Civil Veterinary Dept. Bombay admin report 1893-99 - 1893-1899
Year: 1893
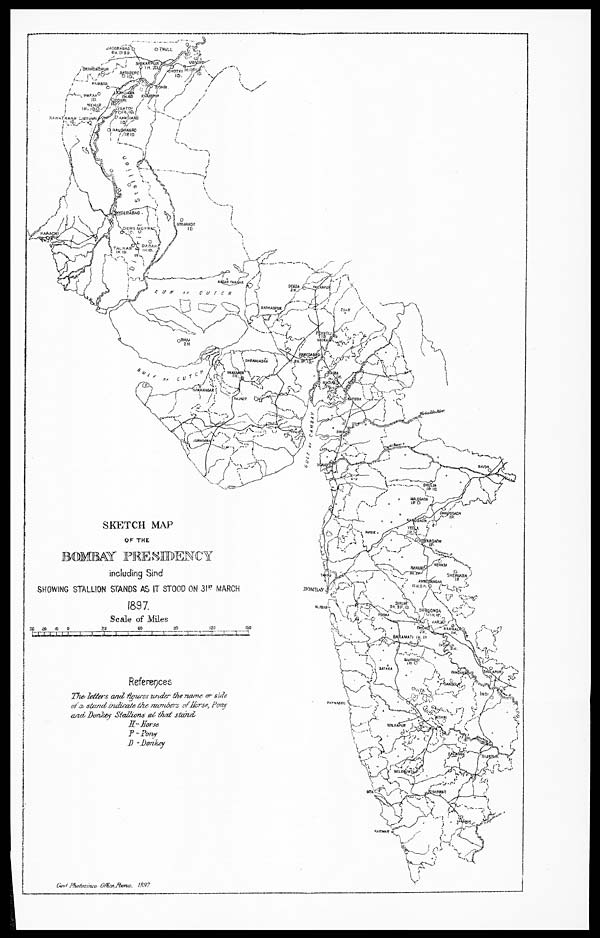
SKETCH MAP
OF THE
BOMBAY PRESIDENCY
including Sind
SHOWING STALLION STANDS AS IT STOOD ON 31 ST MARCH
1897.
Scale of Miles